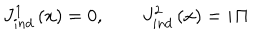
J _ { i n d } ^ { 1 } \left( x \right) = 0 , \qquad J _ { i n d } ^ { 2 } \left( x \right) = i { \it \Pi }